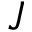
J